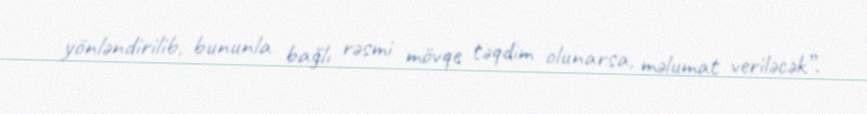
yönləndirilib, bununla bağlı rəsmi mövqe təqdim olunarsa, məlumat veriləcək”.